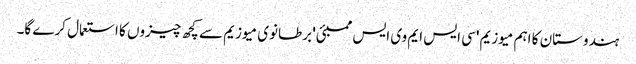
ہندوستان کا اہم میوزیم 'سی ایس ایم وی ایس ممبئی' برطانوی میوزیم سے کچھ چیزوں کا استعمال کرے گا۔